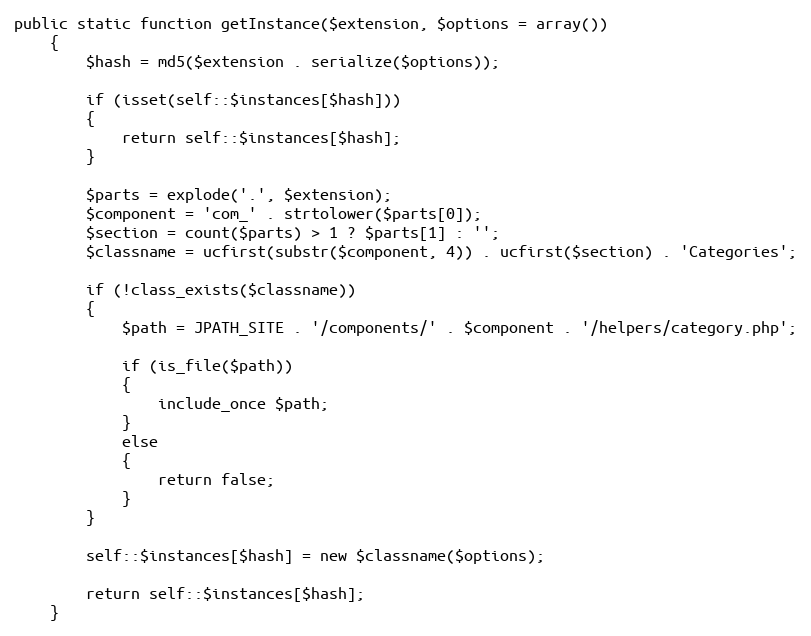
Language: PHP
public static function getInstance($extension, $options = array())
	{
		$hash = md5($extension . serialize($options));

		if (isset(self::$instances[$hash]))
		{
			return self::$instances[$hash];
		}

		$parts = explode('.', $extension);
		$component = 'com_' . strtolower($parts[0]);
		$section = count($parts) > 1 ? $parts[1] : '';
		$classname = ucfirst(substr($component, 4)) . ucfirst($section) . 'Categories';

		if (!class_exists($classname))
		{
			$path = JPATH_SITE . '/components/' . $component . '/helpers/category.php';

			if (is_file($path))
			{
				include_once $path;
			}
			else
			{
				return false;
			}
		}

		self::$instances[$hash] = new $classname($options);

		return self::$instances[$hash];
	}